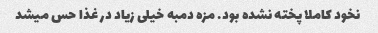
نخود کاملا پخته نشده بود. مزه دمبه خیلی زیاد در غذا حس میشد